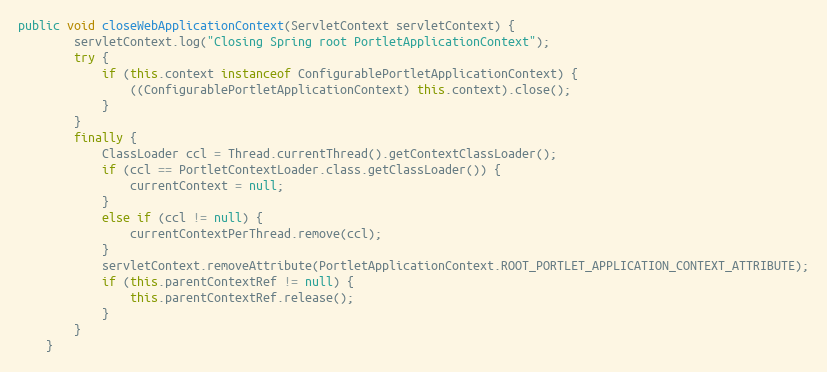
Language: Java
public void closeWebApplicationContext(ServletContext servletContext) {
        servletContext.log("Closing Spring root PortletApplicationContext");
        try {
            if (this.context instanceof ConfigurablePortletApplicationContext) {
                ((ConfigurablePortletApplicationContext) this.context).close();
            }
        }
        finally {
            ClassLoader ccl = Thread.currentThread().getContextClassLoader();
            if (ccl == PortletContextLoader.class.getClassLoader()) {
                currentContext = null;
            }
            else if (ccl != null) {
                currentContextPerThread.remove(ccl);
            }
            servletContext.removeAttribute(PortletApplicationContext.ROOT_PORTLET_APPLICATION_CONTEXT_ATTRIBUTE);
            if (this.parentContextRef != null) {
                this.parentContextRef.release();
            }
        }
    }